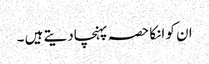
ان کو انکا حصہ پہنچادیتے ہیں ۔